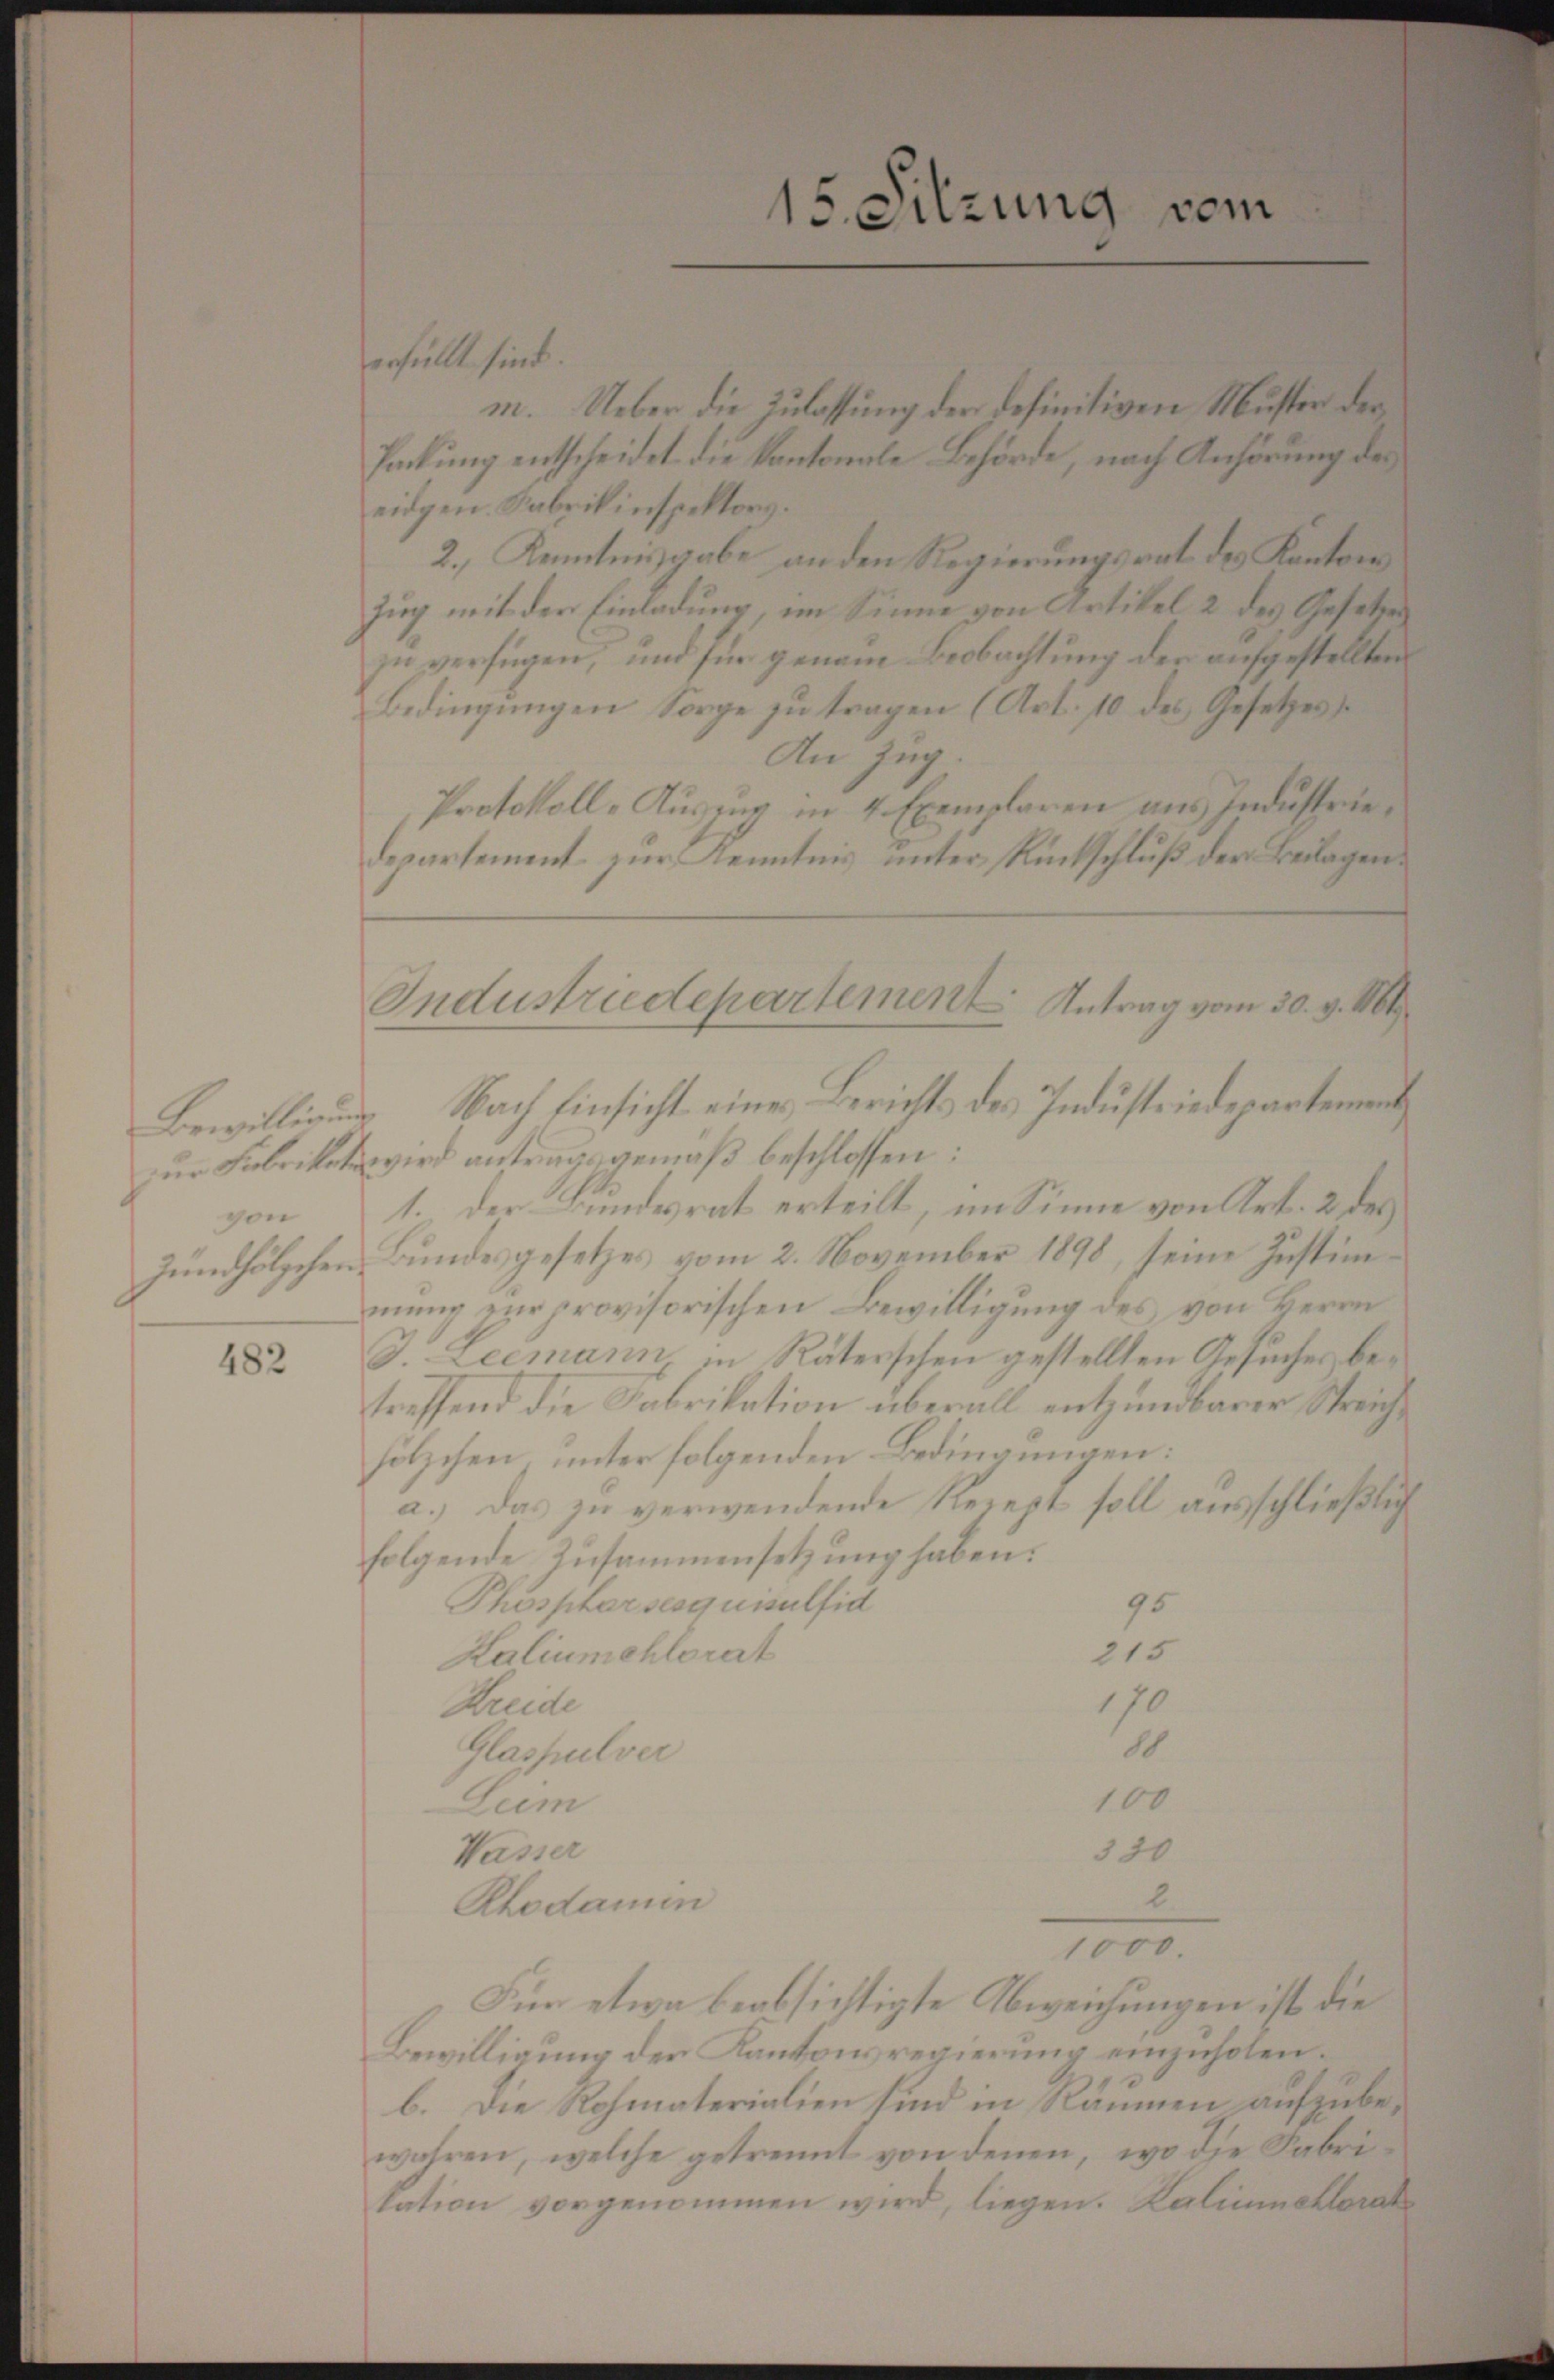
482

erfüllt sind.
m. Ueber die Zulassung der definitiven Muster der
Packung entscheidet die Kantonale Behörde, nach Anhörung des
eidgen. Fabrikinspektors.
2., Kenntnisgabe an den Regierungsrat des Kantons
Zug mit der Einladung, im Sinne von Artikel 2 des Gesetzes
zu verfügen, und sie genaue Beobachtung der aufgestellten
Bedingungen Sorge zu tragen (Art. 10 des Gesetzes
An Zug.
Protokoll-Auszug in 4 Exemplaren aus Industrielepartement. zur Kenntnis unter Rückschluß der Beilagen¬
Bewilligung Nach Einsicht eines Berichts des Industriedepartement
zur Fabriket wird antragsgemäß beschlossen:
von 1. der Bundesrat erteilt, im Sinne von Art. 2 des
Jundhölzchen Bundesgesetzes vom 2. November 1890, seine Zustimmung zur provisorischen Bewilligung des von Herrn
d. Leemann, in Räterschen gestellten Gesuches betreffend die Fabrikation überall entzündbarer Streichhölzchen unter folgenden Bedingungen:
a.) Das zu verwendende Rezept soll ausschließlich
folgende Zusammensetzung haben:
Phospharsesquisulfid
95
215
Kaliumehlorat
Kreide
170
10
Glaspulver
100
Lum
Wasser
320
2
Rhodamin
1000.
Für etwa beabsichtigte Abweichungen ist die
Bewilligung der Kantonsregierung einzuholen.
b. Die Rohmaterialien sind in Räumen aufzubewahren, welche getrennt von denen, wo die Fabri
kation vorgenommen wird, liegen. Kaliumahlen

15. Sitzung vom

Industriedepartement. Antrag vom 30. v. 1861